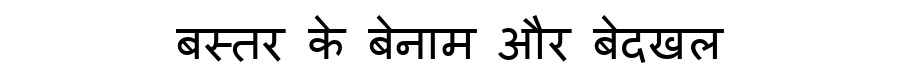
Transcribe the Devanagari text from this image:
बस्तर के बेनाम और बेदखल